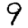
Digit: 9